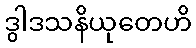
ဒွါဒသနိယုတေဟိ